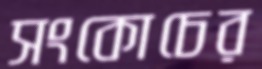
সংকোচের